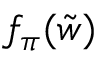
f _ { \pi } ( { \tilde { w } } )